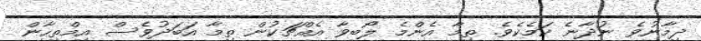
ދިމާނުވެ ނުދާނެ ކަމެކެވެ. ތިމާ އެންމެ ލޯބިވާ އެއްޗަކުން ތިމާ އަބަދުވެސް އިމްތިހާން